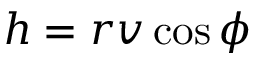
h = r v \cos \phi